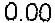
0.00